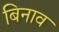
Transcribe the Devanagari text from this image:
बिनाव